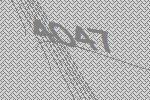
4047